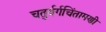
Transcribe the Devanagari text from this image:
चतुर्वर्गचिंतामणी